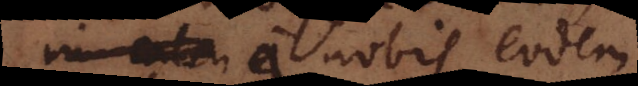
a nobis eodem